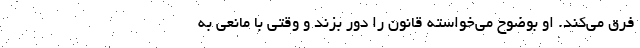
فرق می‌کند. او بوضوح می‌خواسته قانون را دور بزند و وقتی با مانعی به